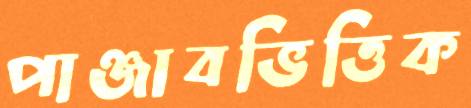
পাঞ্জাবভিত্তিক